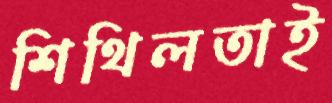
শিথিলতাই